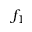
f _ { 1 }